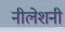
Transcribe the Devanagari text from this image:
नीलेशनी